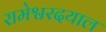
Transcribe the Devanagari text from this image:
रामेश्वरदयाल